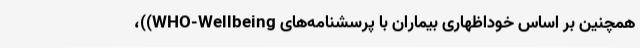
همچنین بر اساس خوداظهاری بیماران با پرسشنامه‌های WHO-Wellbeing))،